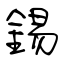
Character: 錫